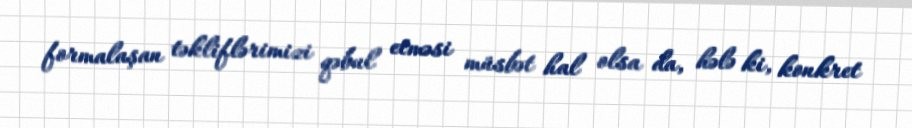
formalaşan təkliflərimizi qəbul etməsi müsbət hal olsa da, hələ ki, konkret